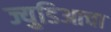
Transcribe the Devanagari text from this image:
ज्युडिआचा